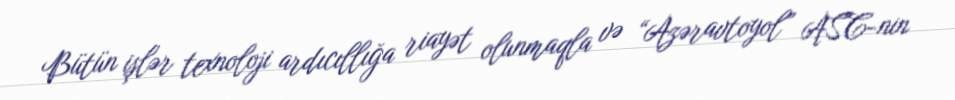
Bütün işlər texnoloji ardıcıllığa riayət olunmaqla və “Azəravtoyol” ASC-nin